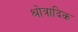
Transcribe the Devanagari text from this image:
श्रोत्रादिक